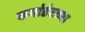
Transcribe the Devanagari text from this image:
कमांडंटच्या